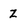
Character: Z